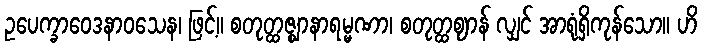
ဥပေက္ခာဝေဒနာဝသေန၊ ဖြင့်။ စတုတ္ထဇ္ဈာနာရမ္မဏာ၊ စတုတ္ထဈာန် လျှင် အာရုံရှိကုန်သော။ ဟိ